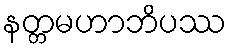
နတ္တမဟာဘိပဿ